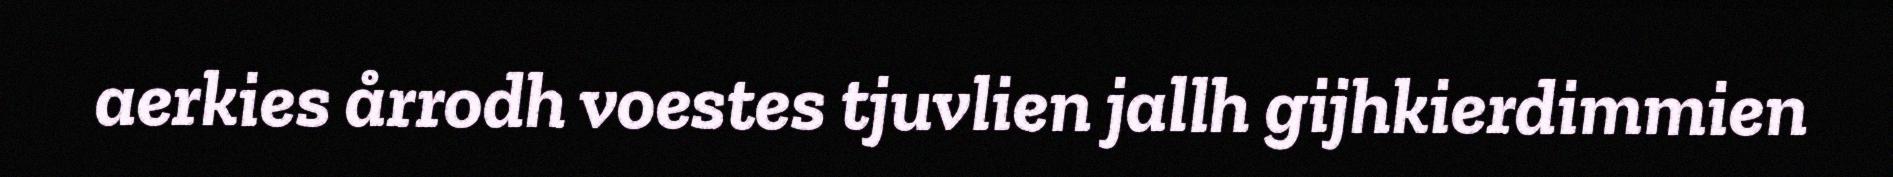
aerkies årrodh voestes tjuvlien jallh gijhkierdimmien